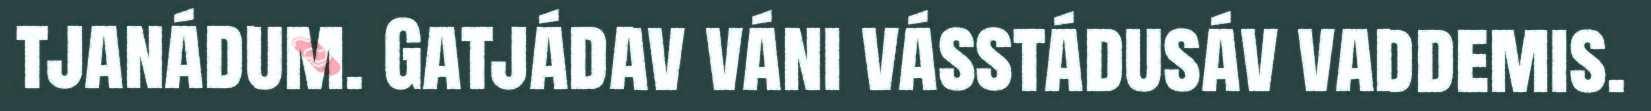
tjanádum. Gatjádav váni vásstádusáv vaddemis.